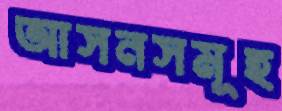
আসনসমূহ